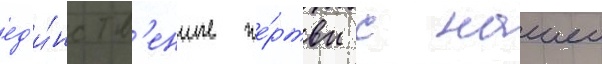
ед'и́нств'енные же́ртвы с нашеи